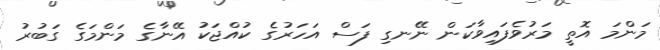
މަންމަ އޮތީ މަރުވެފައިވާކަން ނޭނގި ފަސް އަހަރުގެ ކުއްޖަކު އޭނާގެ މަންމަގެ ގަބުރު